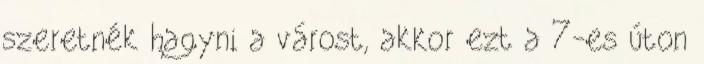
szeretnék hagyni a várost, akkor ezt a 7-es úton